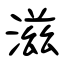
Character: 滋